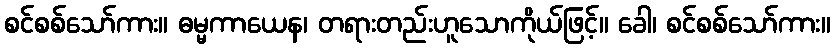
စင်စစ်သော်ကား။ ဓမ္မကာယေန၊ တရားတည်းဟူသောကိုယ်ဖြင့်။ ခေါ၊ စင်စစ်သော်ကား။